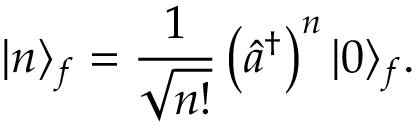
| n \rangle _ { f } = \frac { 1 } { \sqrt { n ! } } \left( \hat { a } ^ { \dagger } \right) ^ { n } | 0 \rangle _ { f } .